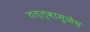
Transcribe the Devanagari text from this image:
तत्त्वामुळेच